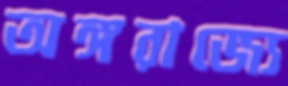
অঙ্গরাজ্যে